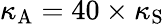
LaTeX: \kappa_{\mathrm{A}}=40\times\kappa_{\mathrm{S}}